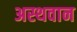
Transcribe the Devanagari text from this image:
अस्थवान